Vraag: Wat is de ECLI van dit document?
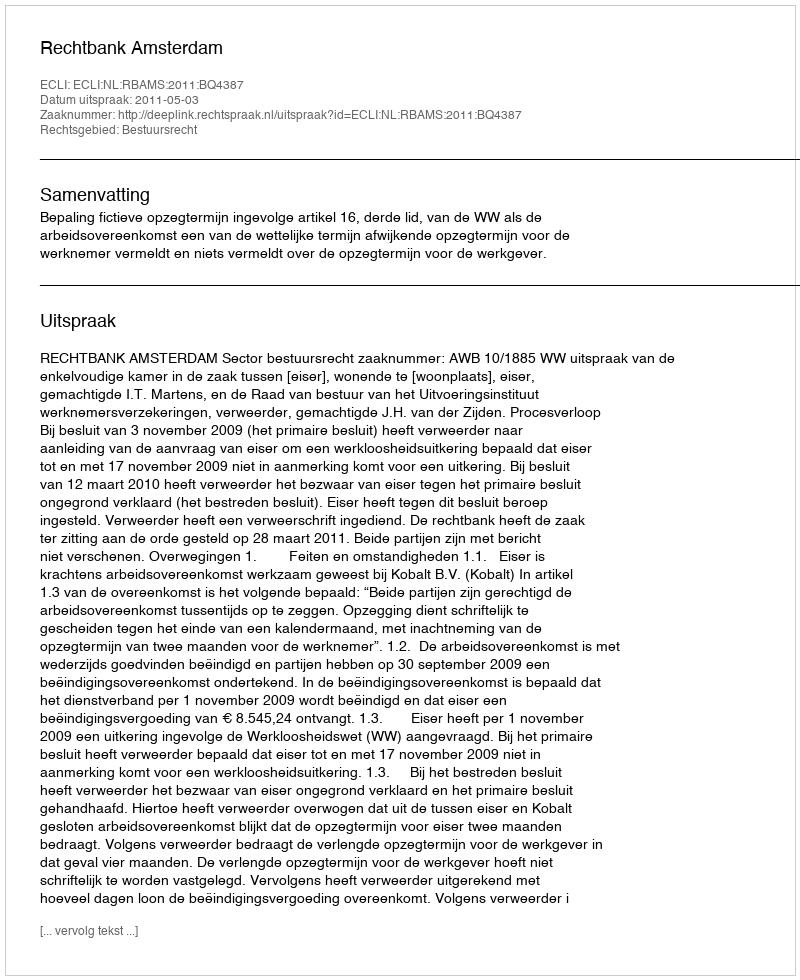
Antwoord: ECLI:NL:RBAMS:2011:BQ4387